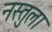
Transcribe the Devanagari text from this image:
नस्तुला